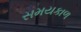
સમયકાળ